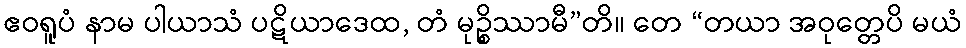
ဧဝရူပံ နာမ ပါယာသံ ပဋိယာဒေထ, တံ မုဉ္စိဿာမီ”တိ။ တေ “တယာ အဝုတ္တေပိ မယံ